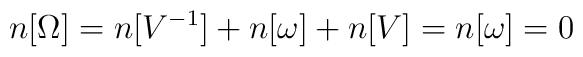
n[\Omega] = n[V^{-1}] + n[\omega] + n[V] = n[\omega] = 0